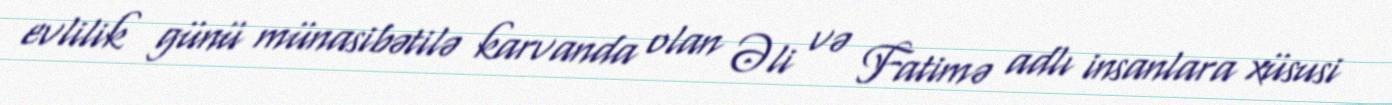
evlilik günü münasibətilə karvanda olan Əli və Fatimə adlı insanlara xüsusi